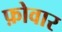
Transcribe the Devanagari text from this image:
फ़ोवार